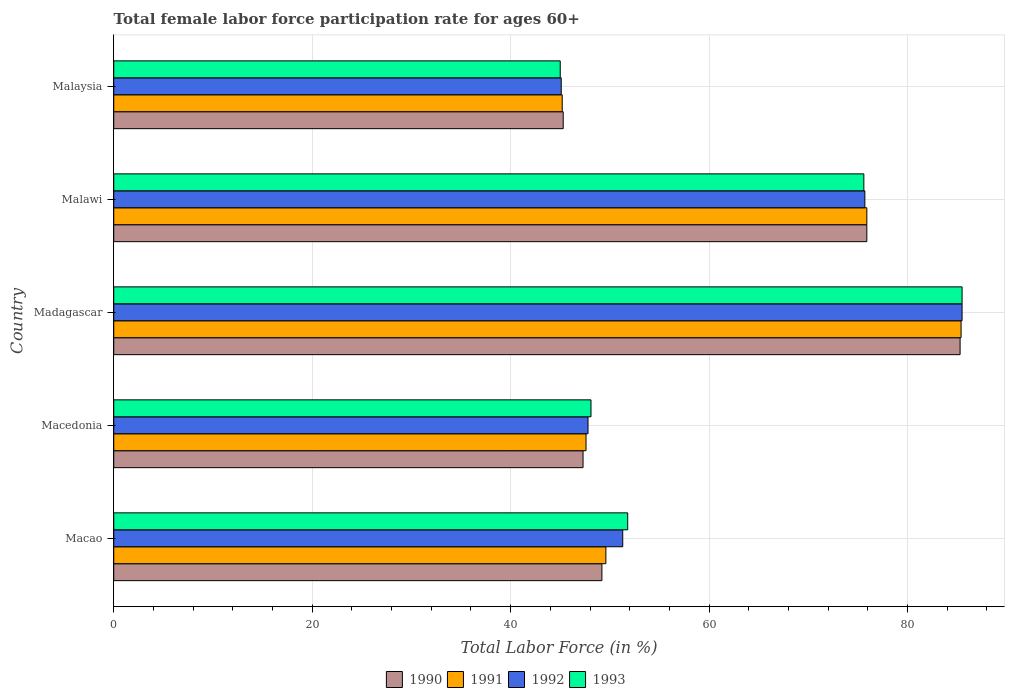
| Country | 1990 | 1991 | 1992 | 1993 |
 | --- | --- | --- | --- | --- |
 | Macao | 49.2 | 49.6 | 51.3 | 51.8 |
 | Macedonia | 47.3 | 47.6 | 47.8 | 48.1 |
 | Madagascar | 85.3 | 85.4 | 85.5 | 85.5 |
 | Malawi | 75.9 | 75.9 | 75.7 | 75.6 |
 | Malaysia | 45.3 | 45.2 | 45.1 | 45 |